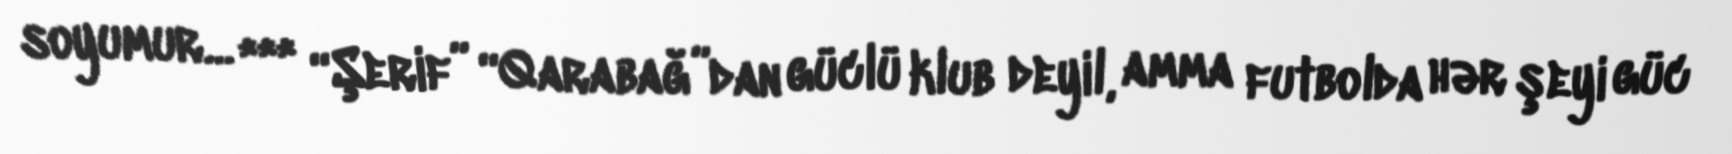
soyumur... *** “Şerif” “Qarabağ”dan güclü klub deyil, amma futbolda hər şeyi güc